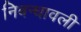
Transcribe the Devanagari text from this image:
निबन्धावली